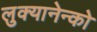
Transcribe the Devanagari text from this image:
लुक्यानेन्को